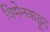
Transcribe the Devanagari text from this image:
विमेनकडून